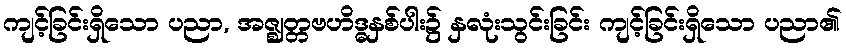
ကျင့်ခြင်းရှိသော ပညာ, အဇ္ဈတ္တဗဟိဒ္ဓနှစ်ပါး၌ နှလုံးသွင်းခြင်း ကျင့်ခြင်းရှိသော ပညာ၏